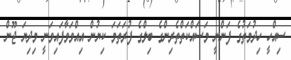
ސިއްހީ ހިދުމަތުގެ ފަންނީ މަސައްކަތްތެރިންގެ ބިލްގެ ފުރަތަމަ ކިޔުން އިއްވަވާފައިވަނީ މިދިޔަ ޖޫން